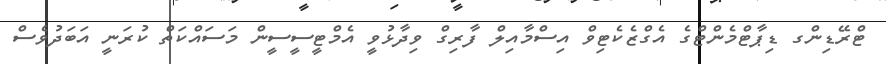
ޓްރޭޑިންގ ޑިޕާޓްމެންޓްގެ އެގްޒެކެޓިވް އިސްމާއިލް ފާރިގް ވިދާޅުވީ އެމްޓީސީސީން މަސައްކަތް ކުރަނީ އަބަދުވެސް